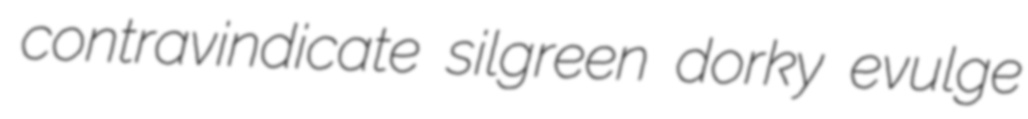
contravindicate silgreen dorky evulge